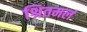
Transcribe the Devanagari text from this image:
श्रितमलं